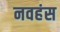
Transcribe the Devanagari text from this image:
नवहंस